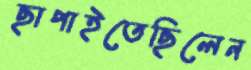
ছাপাইতেছিলেন